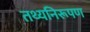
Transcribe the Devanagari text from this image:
तथ्यनिरूपण